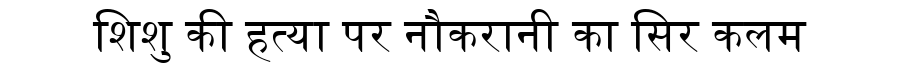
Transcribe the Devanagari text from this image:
शिशु की हत्या पर नौकरानी का सिर कलम